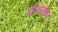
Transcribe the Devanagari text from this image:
डॉ॰भण्डारकर